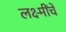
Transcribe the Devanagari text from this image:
लक्ष्मींचे